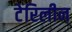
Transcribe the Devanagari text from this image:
टेरिलीन